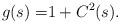
LaTeX: \begin{align*}g(s) =& 1 + C^2(s).\end{align*}